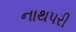
નાથપરી